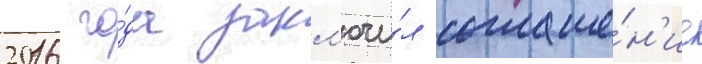
2016 го́да закл'ючи́л соглаше́н'ие